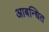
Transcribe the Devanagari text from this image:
आबन्धित